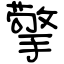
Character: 擎